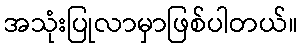
အသုံးပြုလာမှာဖြစ်ပါတယ်။